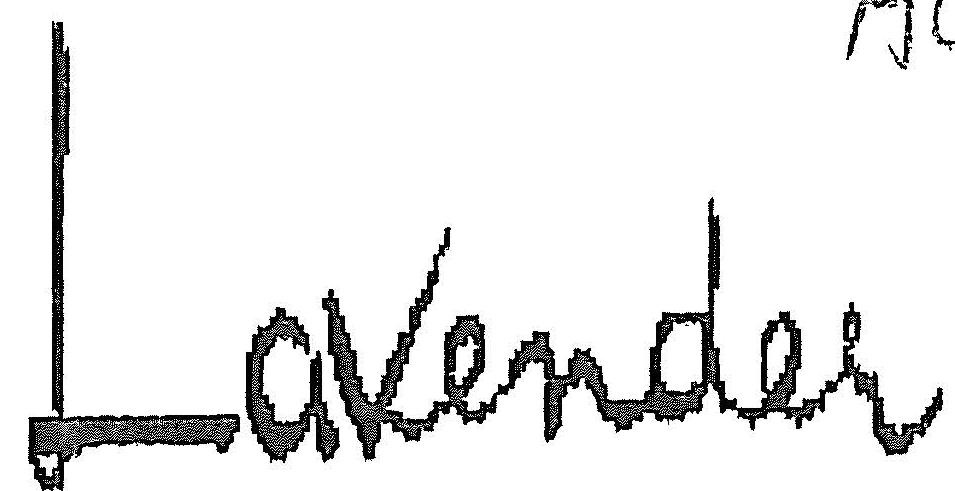
LAVENDER